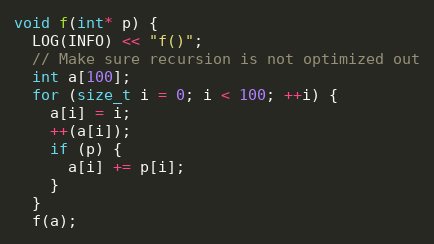
Language: C++
void f(int* p) {
  LOG(INFO) << "f()";
  // Make sure recursion is not optimized out
  int a[100];
  for (size_t i = 0; i < 100; ++i) {
    a[i] = i;
    ++(a[i]);
    if (p) {
      a[i] += p[i];
    }
  }
  f(a);